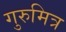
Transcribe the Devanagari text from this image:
गुरुमित्र